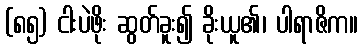
(၈၅) ငါးပဲဖိုး ဆွတ်ခူး၍ ခိုးယူ၏၊ ပါရာဇိက။